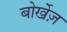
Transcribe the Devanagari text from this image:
बोर्खेज़